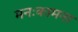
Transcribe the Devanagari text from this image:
मनःकामना